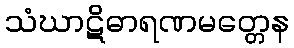
သံဃာဋိဓာရဏမတ္တေန